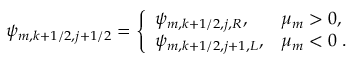
\psi _ { m , k + 1 / 2 , j + 1 / 2 } = \left\{ \begin{array} { l l } { \psi _ { m , k + 1 / 2 , j , R } , } & { \mu _ { m } > 0 , } \\ { \psi _ { m , k + 1 / 2 , j + 1 , L } , } & { \mu _ { m } < 0 \; . } \end{array} \right.